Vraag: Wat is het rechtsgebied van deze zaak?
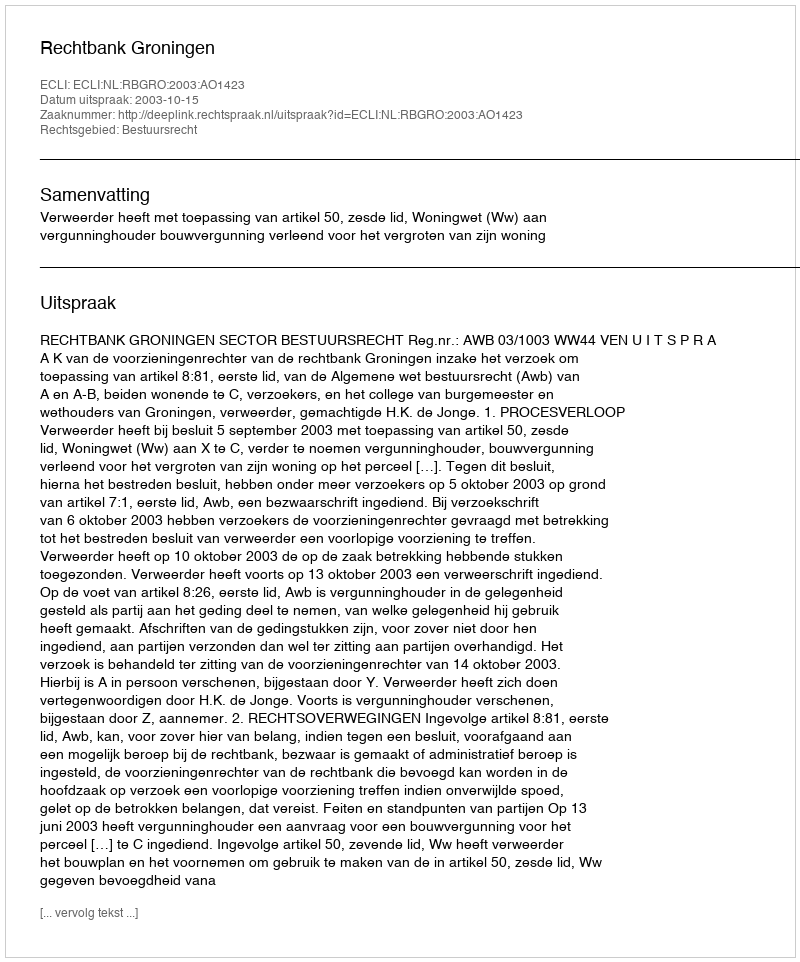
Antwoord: Bestuursrecht